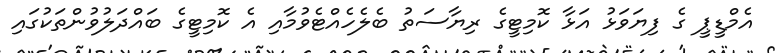
އެމްޑީޕީ ގެ ފިޔަވަޅު އަޅާ ކޮމިޓީގެ ރިޔާސަތު ބެލެހެއްޓެވުމާއި އެ ކޮމިޓީގެ ބައްދަލުވުންތަކުގައި